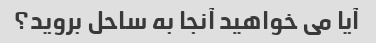
آیا می خواهید آنجا به ساحل بروید؟